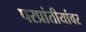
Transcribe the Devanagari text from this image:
परप्रांतीयांवर